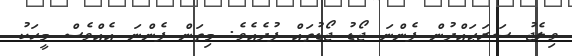
ވިލެޖު ސަރަޙައްދުން ފެންނަ ޖޯޑު ޖޯޑުތައް ފުދެއެވެ. މިތަން ފެންނަ އެއްވެސް މީހަކު